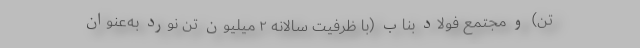
تن) و مجتمع فولاد بناب (با ظرفیت سالانه ۲ میلیون تن نورد به‌عنوان